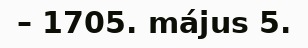
– 1705. május 5.